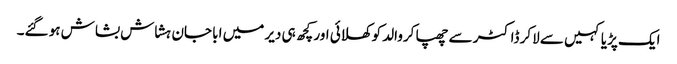
ایک پڑیا کہیں سے لاکر ڈاکٹر سے چھپا کروالد کو کھلائی اور کچھ ہی دیر میں ابا جان ہشاش بشاش ہو گئے۔